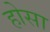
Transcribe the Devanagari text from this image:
होसा